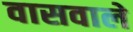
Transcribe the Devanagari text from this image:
वासवाले